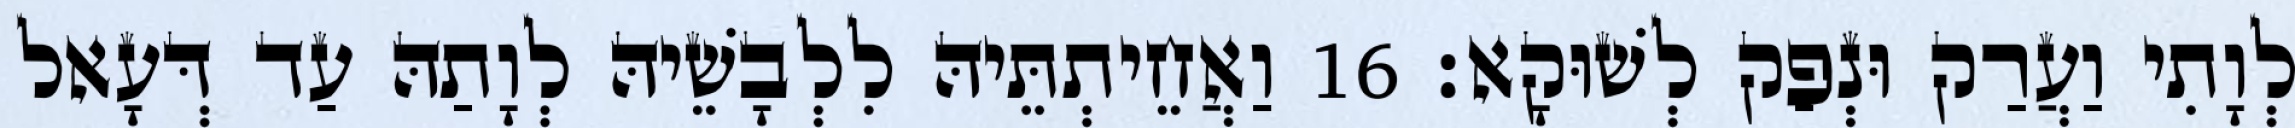
לְוָתִי וַעֲרַק וּנְפַק לְשׁוּקָא׃ 16 וַאֲחֵיתְתֵּיהּ לִלְבָשֵׁיהּ לְוָתַהּ עַד דְּעָאל